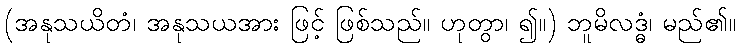
(အနုသယိတံ၊ အနုသယအား ဖြင့် ဖြစ်သည်။ ဟုတွာ၊ ၍။) ဘူမိလဒ္ဓံ၊ မည်၏။